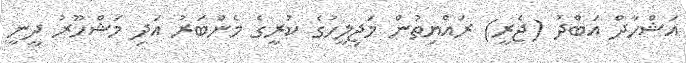
އަޝްހާދް އަބްދު (ޖެރީ) ރައްޔިތުން މަޖިލީހުގެ ކުރީގެ މެންބަރު އަދި މަޝްހޫރު ދީނީ